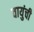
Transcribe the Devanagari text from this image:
वायुंची